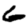
Digit: 6